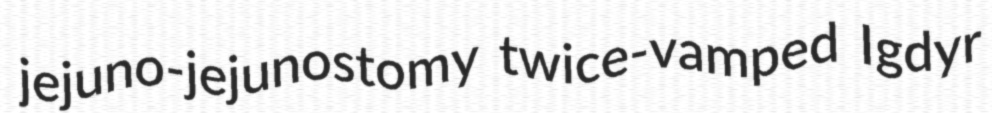
jejuno-jejunostomy twice-vamped Igdyr